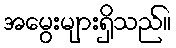
အမွေးများရှိသည်။